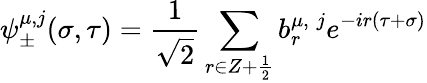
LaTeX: \psi_{\pm}^{\mu,j}(\sigma,\tau)=\frac{1}{\sqrt 2}\sum_{r\in Z+\frac{1}{2}}b_{r}^{\mu,\; j}e^{-ir(\tau+\sigma)}